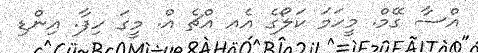
އްސާ ގޭމް. މީހަމަ ކަލޯގެ އެއ އްޗެ އް. މީގަ ހިފާ. އިންޑި